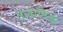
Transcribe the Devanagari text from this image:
तलानिया